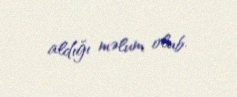
aldığı məlum olub.